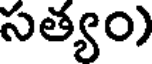
సత్యం)